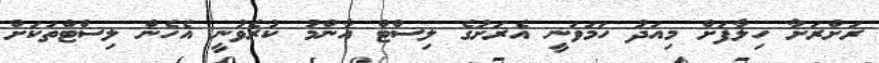
ރަށްރަށާ ހިލާފަށް މިއަދު ހަމަވަނީ އެރަށުގެ ލިސްޓް އާންމު ކުރެވުނީ އެހެން ލިސްޓްތަކަށް